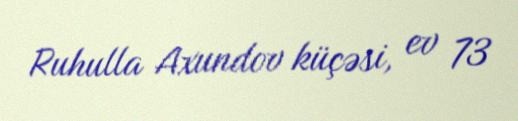
Ruhulla Axundov küçəsi, ev 73